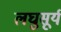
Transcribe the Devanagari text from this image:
लघुसूर्य